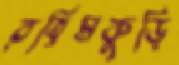
রহিমকুড়ি